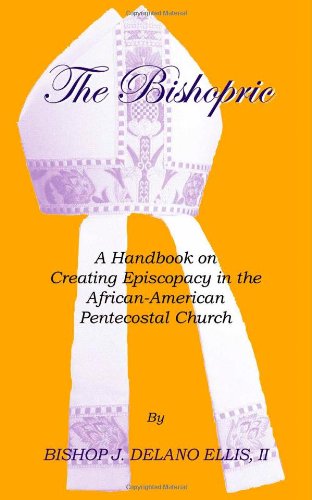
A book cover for The Bishopric: A Handbook on Creating Episcopacy in the African-American Pentecostal Church; Bishop J. Delano Ellis II; Christian Books & Bibles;